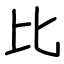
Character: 比